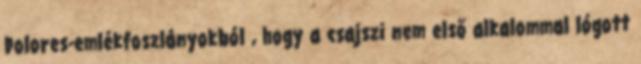
Dolores-emlékfoszlányokból , hogy a csajszi nem első alkalommal lógott